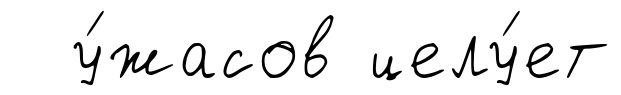
у́жасов целу́ет